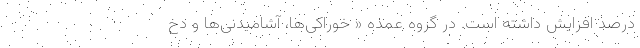
درصد افزایش داشته است. در گروه عمده « خوراکی‌ها، آشامیدنی‌ها و دخ